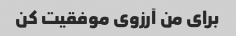
برای من آرزوی موفقیت کن